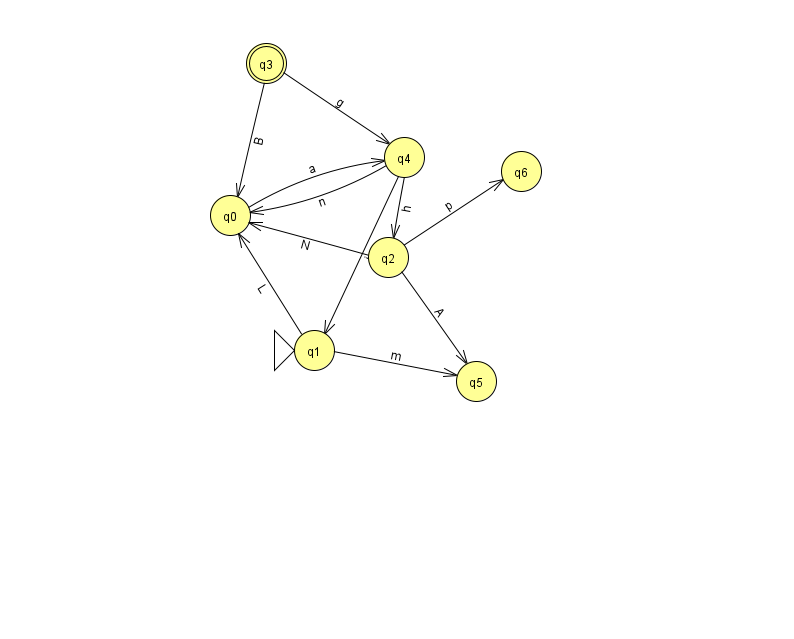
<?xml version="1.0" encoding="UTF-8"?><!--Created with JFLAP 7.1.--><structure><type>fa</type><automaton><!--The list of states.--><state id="0" name="q0"><x>230.0</x><y>202.0</y></state><state id="1" name="q1"><x>314.0</x><y>337.0</y><initial/></state><state id="2" name="q2"><x>388.0</x><y>244.0</y></state><state id="3" name="q3"><x>266.0</x><y>50.0</y><final/></state><state id="4" name="q4"><x>404.0</x><y>144.0</y></state><state id="5" name="q5"><x>476.0</x><y>368.0</y></state><state id="6" name="q6"><x>521.0</x><y>158.0</y></state><!--The list of transitions.--><transition><from>4</from><to>1</to><read>i</read></transition><transition><from>2</from><to>5</to><read>A</read></transition><transition><from>2</from><to>6</to><read>p</read></transition><transition><from>0</from><to>4</to><read>a</read></transition><transition><from>1</from><to>0</to><read>L</read></transition><transition><from>1</from><to>5</to><read>m</read></transition><transition><from>4</from><to>2</to><read>h</read></transition><transition><from>3</from><to>4</to><read>g</read></transition><transition><from>3</from><to>0</to><read>B</read></transition><transition><from>4</from><to>0</to><read>n</read></transition><transition><from>2</from><to>0</to><read>N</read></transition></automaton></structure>